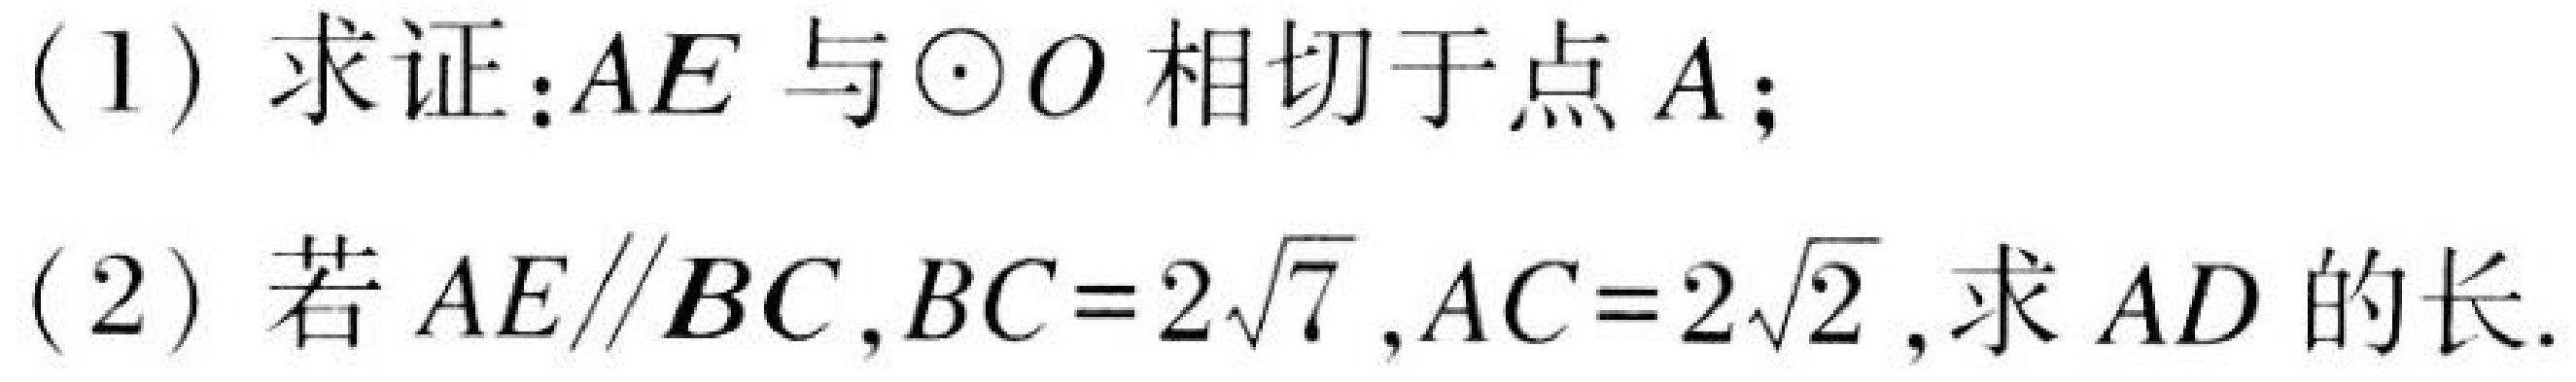
(1) 求证：\(AE\)与\(\odot O\)相切于点\(A\)；
(2) 若\(AE\parallel BC\)，\(BC = 2\sqrt{7}\)，\(AC = 2\sqrt{2}\)，求\(AD\)的长.